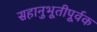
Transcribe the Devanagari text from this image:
सहानुभूतीपूर्वक